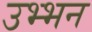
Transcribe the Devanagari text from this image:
उभ्भन